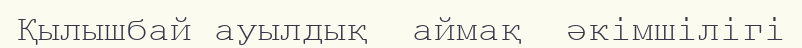
Қылышбай ауылдық  аймақ  әкімшілігі